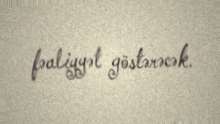
fəaliyyət göstərəcək.